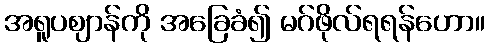
အရူပဈာန်ကို အခြေခံ၍ မဂ်ဖိုလ်ရရန်ဟော။